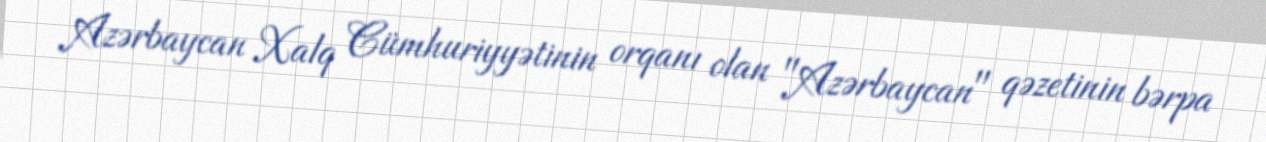
Azərbaycan Xalq Cümhuriyyətinin orqanı olan "Azərbaycan" qəzetinin bərpa